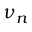
\nu _ { n }